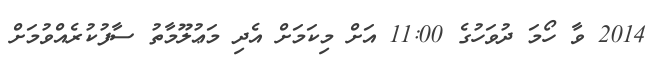
2014 ވާ ހޯމަ ދުވަހުގެ 11:00 އަށް މިކަމަށް އެދި މަޢުލޫމާތު ސާފުކުރެއްވުމަށް